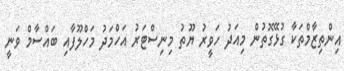
އިންތިޒާމްތަކާ ގުޅޭގޮތުން މިއަދު ހަވީރު ޔޫތު މިނިސްޓަރު އަހްމަދު މަހްލޫފާއި ބައްސާމް ވަނީ